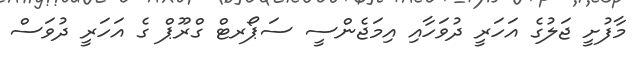
މާފުށީ ޖަލުގެ އަހަރީ ދުވަހާއި އިމަޖެންސީ ސަޕޯރޓް ގްރޫޕް ގެ އަހަރީ ދުވަސް